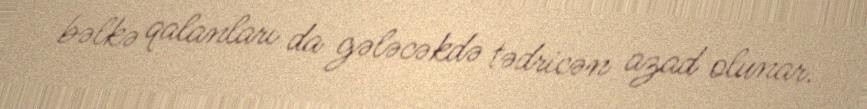
bəlkə qalanları da gələcəkdə tədricən azad olunar.